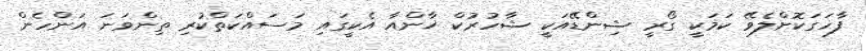
ފާހަގަކޮށްލެވޭ ކަމަކީ ގޯރީ ޝިންޑޭއަކީ ޝާހުރުކް ޚާންއާ އެކީގައި މަސައްކަތްކުރި ތިންވަނަ އަންހެން